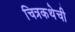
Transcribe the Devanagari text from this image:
चित्रकथेची